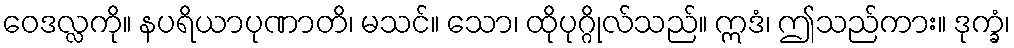
ဝေဒလ္လကို။ နပရိယာပုဏာတိ၊ မသင်။ သော၊ ထိုပုဂ္ဂိုလ်သည်။ ဣဒံ၊ ဤသည်ကား။ ဒုက္ခံ၊